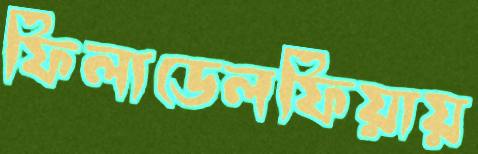
ফিলাডেলফিয়ায়